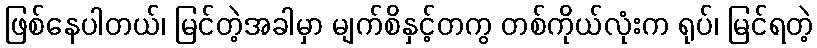
ဖြစ်နေပါတယ်၊ မြင်တဲ့အခါမှာ မျက်စိနှင့်တကွ တစ်ကိုယ်လုံးက ရုပ်၊ မြင်ရတဲ့